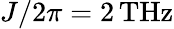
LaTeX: J/2\pi=2\, \mathrm{THz}